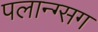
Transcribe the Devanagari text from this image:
पलान्ग्सग